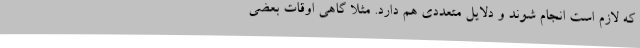
که لازم است انجام شوند و دلایل متعددی هم دارد. مثلا گاهی اوقات بعضی